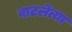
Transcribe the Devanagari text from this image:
वाटलेत्या